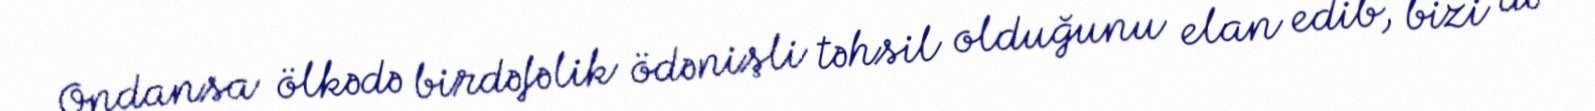
Ondansa ölkədə birdəfəlik ödənişli təhsil olduğunu elan edib, bizi də